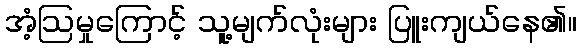
အံ့ဩမှုကြောင့် သူ့မျက်လုံးများ ပြူးကျယ်နေ၏။